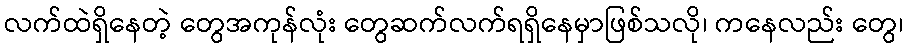
လက်ထဲရှိနေတဲ့ တွေအကုန်လုံး တွေဆက်လက်ရရှိနေမှာဖြစ်သလို၊ ကနေလည်း တွေ၊